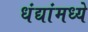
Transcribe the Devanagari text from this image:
धंद्यांमध्ये